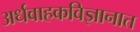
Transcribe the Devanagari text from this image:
अर्धवाहकविज्ञानात